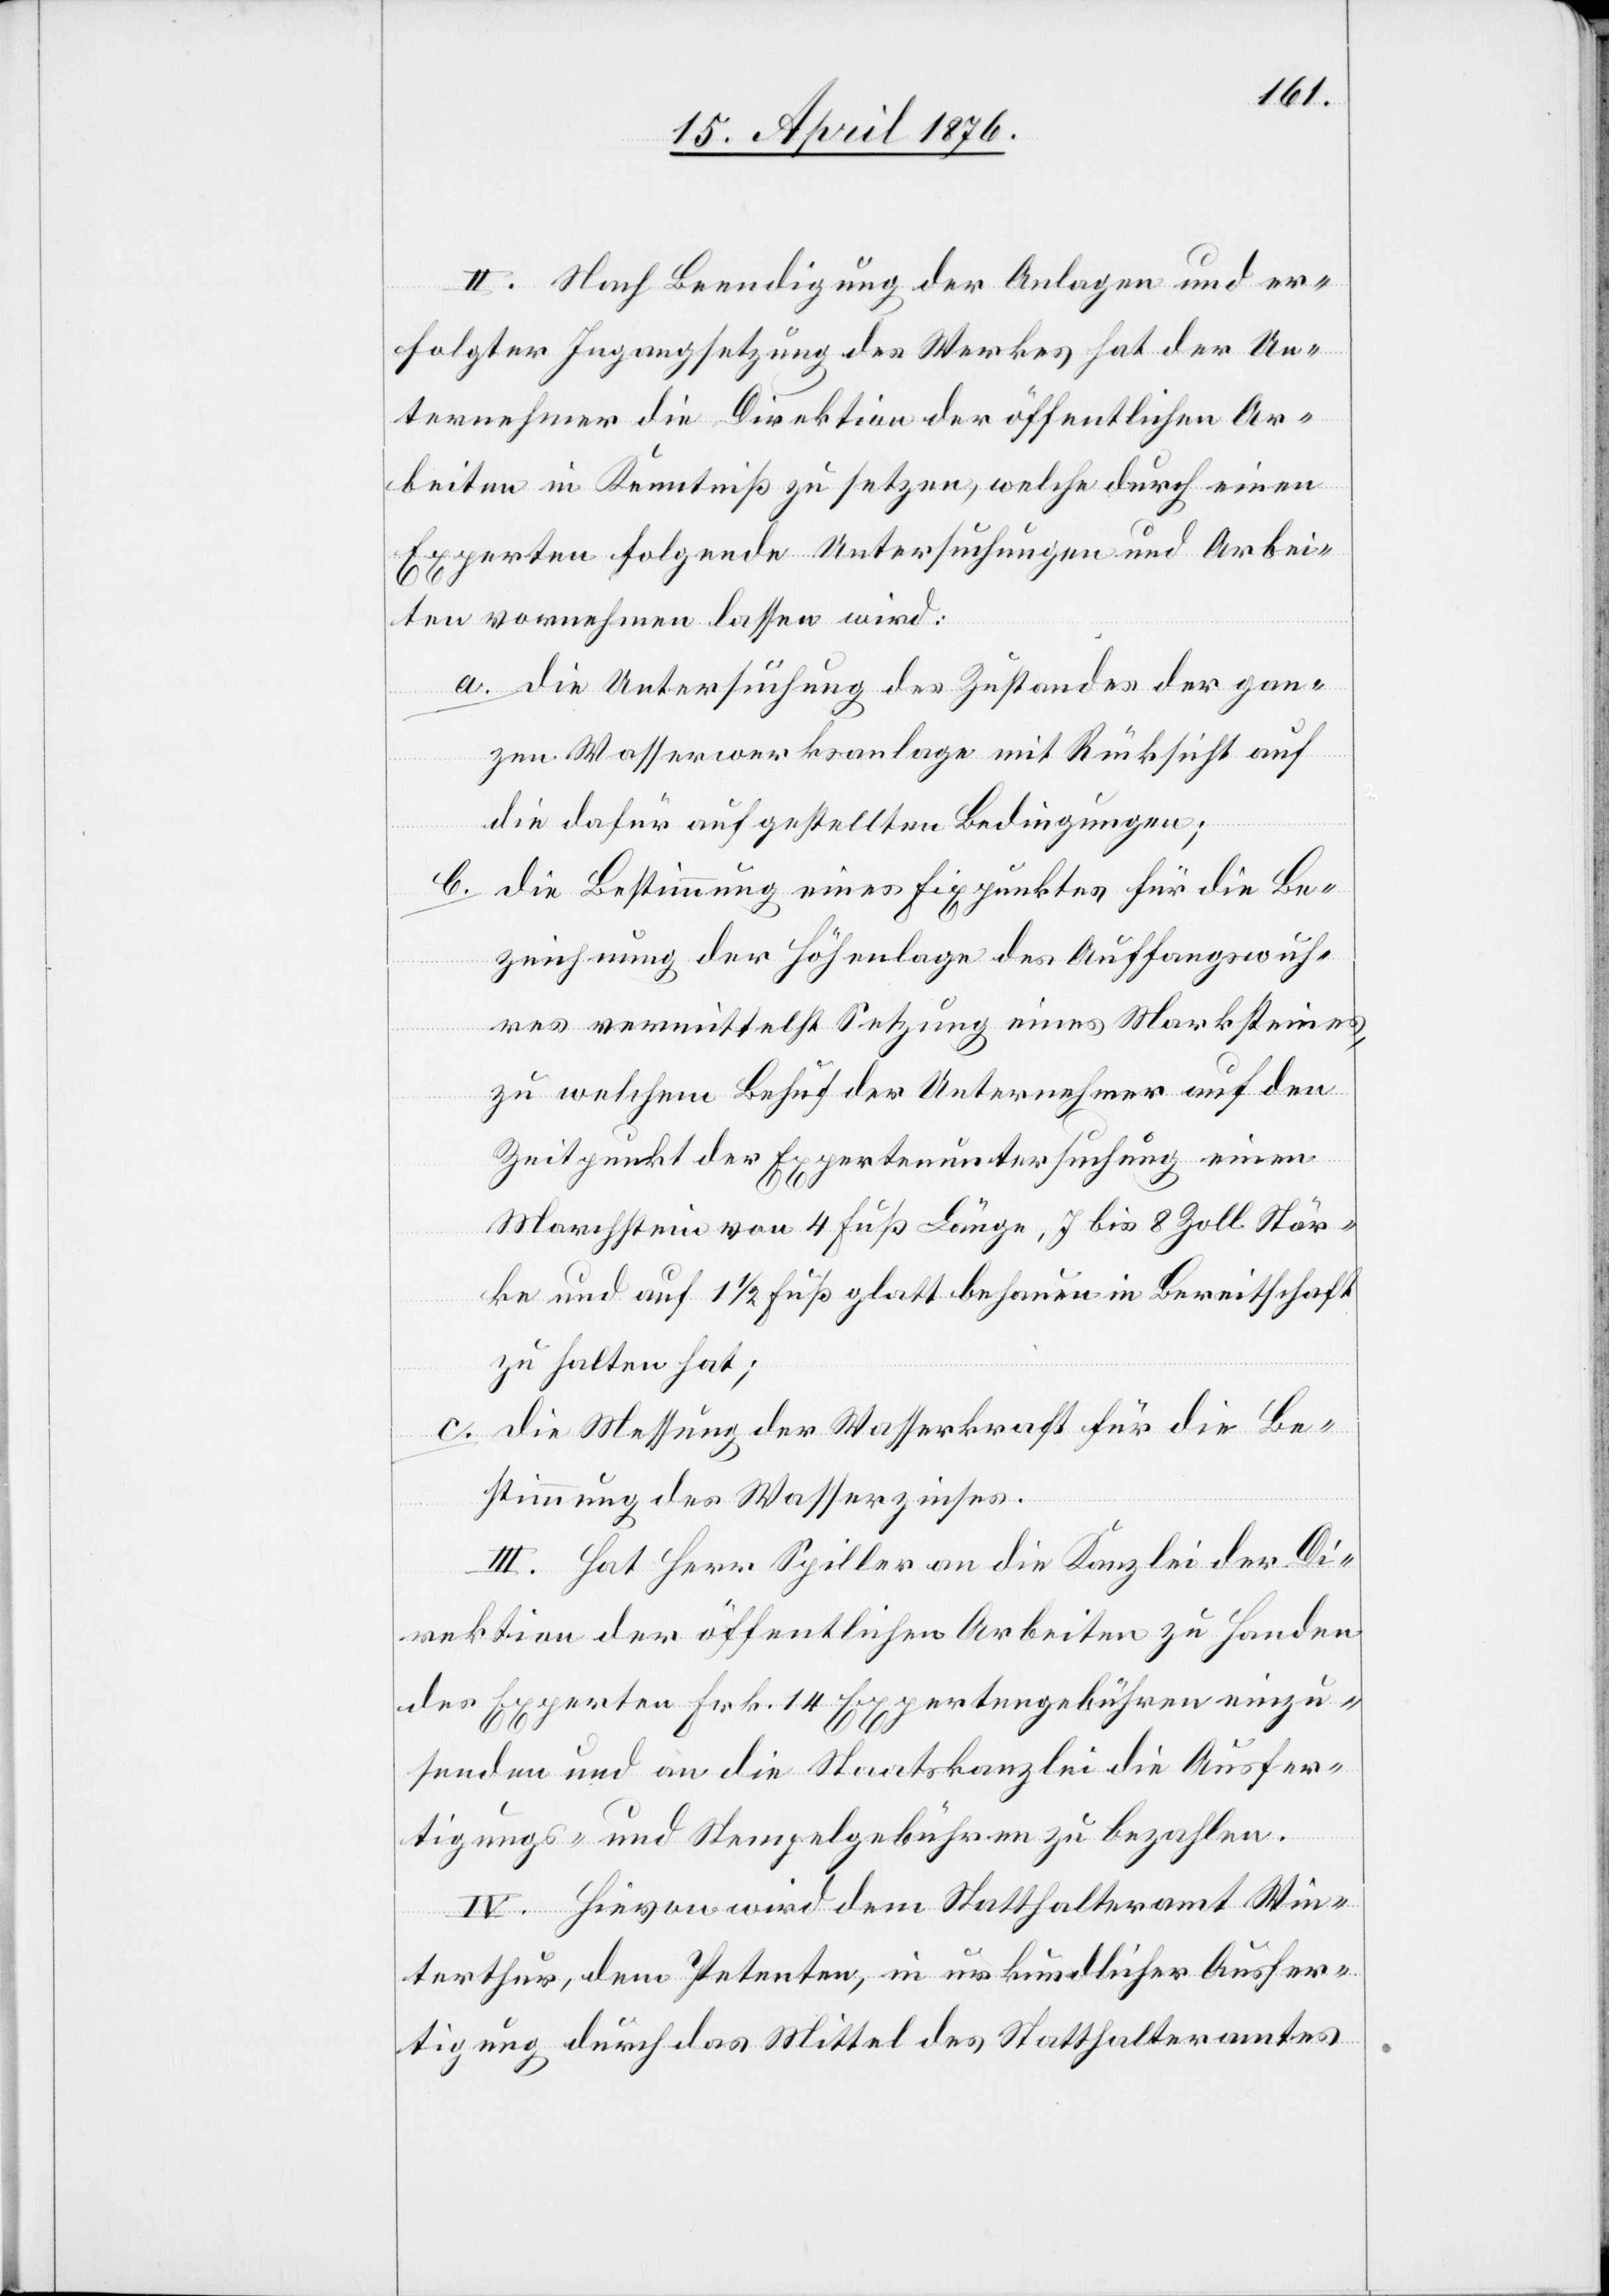
II. Nach Beendigung der Anlagen und er¬
folgter Ingangsetzung des Werkes hat der Un¬
ternehmer die Direktion der öffentlichen Ar¬
beiten in Kenntniß zu setzen, welche durch einen
Experten folgende Untersuchungen und Arbei¬
ten vornehmen lassen wird:
a. die Untersuchung des Zustandes der gan¬
zen Wasserwerksanlage mit Rücksicht auf
die dafür aufgestellten Bedingungen;
b.
die Bestimmung eines Fixpunktes für die Be¬
zeichnung der Höhenlage des Auffangswuh¬
res vermittelst Setzung eines Marksteines,
zu welchem Behuf der Unternehmer auf den
Zeitpunkt der Expertenuntersuchung einen
Marchstein von 4 Fuß Länge, 7 bis 8 Zoll Stär¬
ke und auf 1 1/2 Fuß glatt behauen in Bereitschaft
zu halten hat;
c. die Messung der Wasserkraft für die Be¬
stimmung des Wasserzinses.
III. Hat Herr Spiller an die Kanzlei der Di¬
rektion der öffentlichen Arbeiten zu Handen
des Experten Frk. 14 Expertengebühren einzu¬
senden und an die Staatskanzlei die Ausfer¬
tigungs- und Stempelgebühren zu bezahlen.
IV. Hievon wird dem Statthalteramt Win¬
terthur, dem Petenten, in urkundlicher Ausfer¬
tigung durch das Mittel des Statthalteramtes